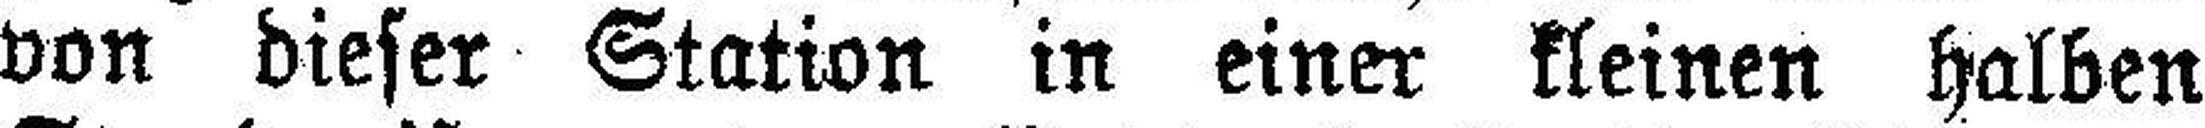
von dieser Station in einer kleinen halben